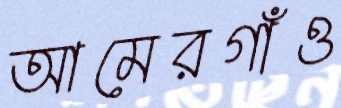
আমেরগাঁও